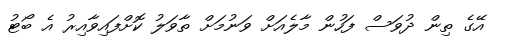
އޭގެ ތިން ދުވަސް ފަހުން މާލެއަށް ވަނުމަށް ތާވަލު ކޮށްފައިވާއިރު އެ ބޯޓު